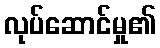
လုပ်ဆောင်မှု၏